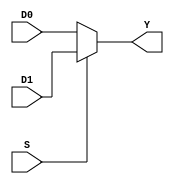
module m21( D0, D1, S, Y);
parameter K=16;
input[K-1:0] D0, D1;
input S;
output reg[K-1:0] Y;

always @(D0 or D1 or S)
begin

if(S) 
Y= D1;
else
Y=D0;

end

endmodule